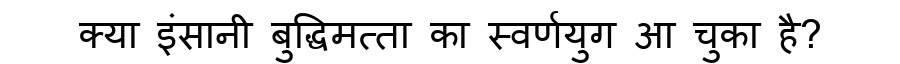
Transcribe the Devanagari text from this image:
क्या इंसानी बुद्धिमत्ता का स्वर्णयुग आ चुका है?